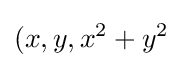
(x,y,x^{2}+y^{2}